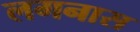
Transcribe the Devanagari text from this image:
लगनास